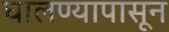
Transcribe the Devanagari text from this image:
घालण्यापासून